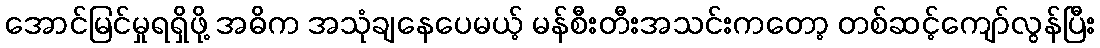
အောင်မြင်မှုရရှိဖို့ အဓိက အသုံချနေပေမယ့် မန်စီးတီးအသင်းကတော့ တစ်ဆင့်ကျော်လွန်ပြီး